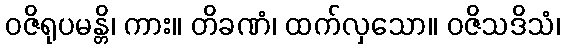
ဝဇိရုပမန္တိ၊ ကား။ တိခဏံ၊ ထက်လှသော။ ဝဇိသဒိသံ၊